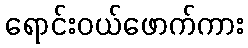
ရောင်းဝယ်ဖောက်ကား